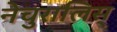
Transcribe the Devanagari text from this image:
नेचुरालिस्